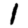
Digit: 1